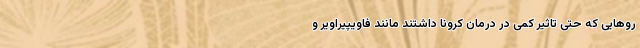
روهایی که حتی تاثیر کمی در درمان کرونا داشتند مانند فاویپیراویر و